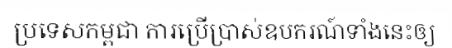
ប្រទេសកម្ពុជា ការប្រើប្រាស់ឧបករណ៍ទាំងនេះឲ្យ